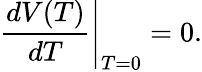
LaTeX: \left.\frac{dV(T)}{dT}\right|_{T=0}=0.